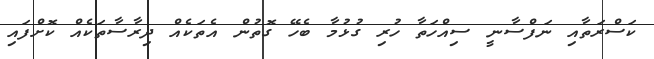
ކަސްރަތާއި ނަފްސާނީ ސިއްހަތާ ހުރި ގުޅުމާ ބެހޭ ގޮތުން އެތަކެއް ދިރާސާތަކެއް ކޮށްފައި